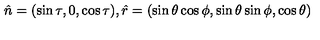
\hat { n } = ( \sin \tau , 0 , \cos \tau ) , \hat { r } = ( \sin \theta \cos \phi , \sin \theta \sin \phi , \cos \theta )